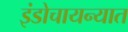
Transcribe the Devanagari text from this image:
इंडोचायन्यात